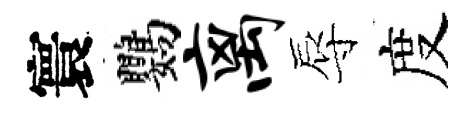
寰鸚离辱度